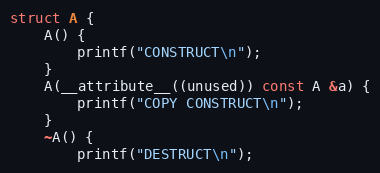
Language: C++
struct A {
    A() {
        printf("CONSTRUCT\n");
    }
    A(__attribute__((unused)) const A &a) {
        printf("COPY CONSTRUCT\n");
    }
    ~A() {
        printf("DESTRUCT\n");